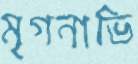
মৃগনাভি